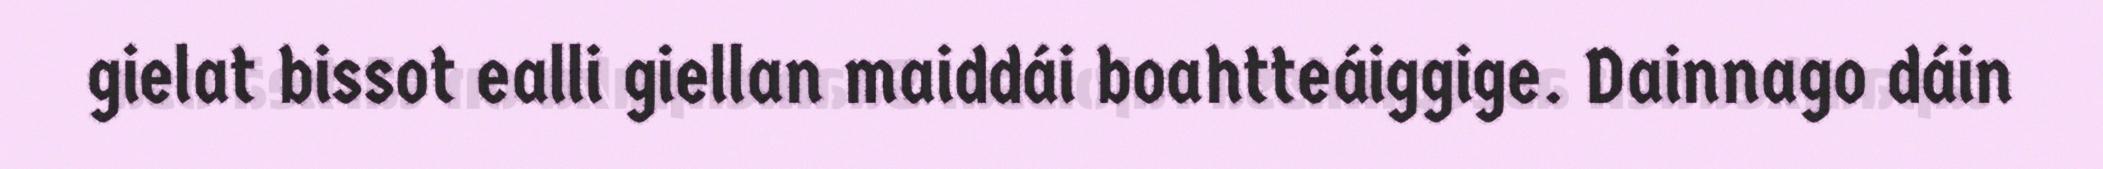
gielat bissot ealli giellan maiddái boahtteáiggige. Dainnago dáin